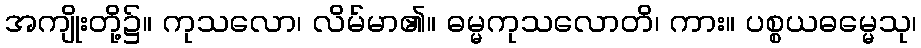
အကျိုးတို့၌။ ကုသလော၊ လိမ်မာ၏။ ဓမ္မကုသလောတိ၊ ကား။ ပစ္စယဓမ္မေသု၊